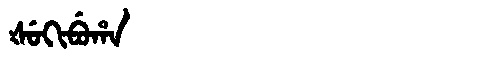
Manchu: ᡧᡠᡴᡳᠪᡠᡥᠠ
Romanization: ŠUKIBUHA